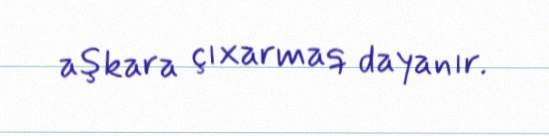
aşkara çıxarmaq dayanır.